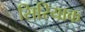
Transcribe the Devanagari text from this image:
सिरियाक